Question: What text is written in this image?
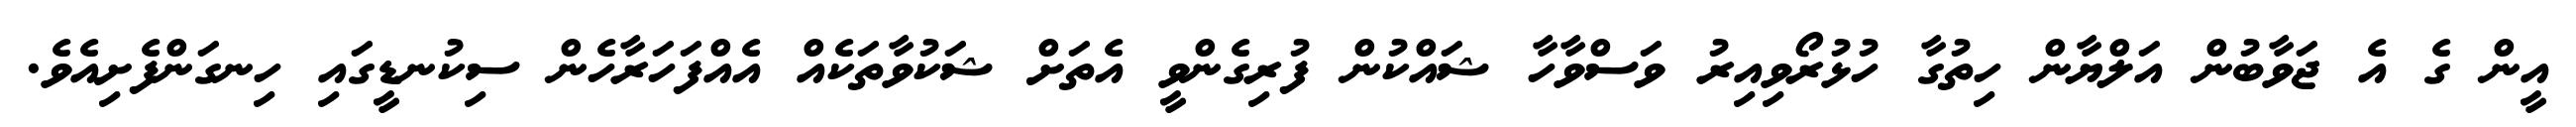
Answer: އީން ގެ އެ ޖަވާބުން އަލްޔާން ހިތުގާ ހުޅުރޯވިއިރު ވަސްވާހާ ޝައްކުން ފުރިގެންވީ އެތަށް ޝަކުވާތަކެއް އެއްފަހަރާހެން ސިކުނޑީގައި ހިނގަންފެށިއެވެ.